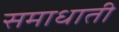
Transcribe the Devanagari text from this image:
समाधाती